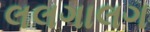
લલગાલગ